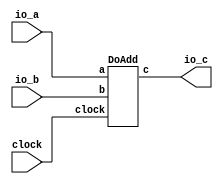
module VcdAdder(
    input clock,
    input [7:0] io_a,
    input [7:0] io_b,
    output [9:0] io_c
);
    wire _do_add__clock;
    wire [7:0] _do_add__a;
    wire [7:0] _do_add__b;
    wire [9:0] _do_add__c;
    DoAdd do_add (
        .clock(_do_add__clock),
        .a(_do_add__a),
        .b(_do_add__b),
        .c(_do_add__c)
    );
    assign _do_add__a = io_a;
    assign _do_add__b = io_b;
    assign _do_add__clock = clock;
    assign io_c = _do_add__c;
endmodule //VcdAdder
module DoAdd(
    input clock,
    input [7:0] a,
    input [7:0] b,
    output [9:0] c
);
    wire [8:0] _accum__q;
    wire [8:0] _accum__d;
    DFF_POSCLK #(.width(9)) accum (
        .q(_accum__q),
        .d(_accum__d),
        .clk(clock)
    );
    ADD_SIGNED #(.width(8)) s_add_1 (
        .y(_accum__d),
        .a(a),
        .b(b)
    );
    PAD_SIGNED #(.width(9), .n(10)) s_pad_2 (
        .y(c),
        .in(_accum__q)
    );
endmodule //DoAdd
module DFF_POSCLK(q, d, clk);
    parameter width = 4;
    output reg [width-1:0] q;
    input [width-1:0] d;
    input clk;
    always @(posedge clk) begin
        q <= d;
    end
endmodule // DFF_POSCLK
module ADD_SIGNED(y, a, b);
    parameter width = 4;
    output [width:0] y;
    input [width-1:0] a;
    input [width-1:0] b;
    assign y = $signed(a) + $signed(b);
endmodule // ADD_SIGNED
module PAD_SIGNED(y, in);
    parameter width = 4;
    parameter n = 4;
    output [(n > width ? n : width)-1:0] y;
    input [width-1:0] in;
    assign y = n > width ? {{(n - width){in[width-1]}}, in} : in;
endmodule // PAD_SIGNED